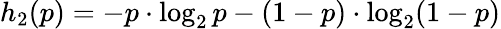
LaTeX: h_{2}(p)=-p\cdot\log_{2}p-(1-p)\cdot\log_{2}(1-p)